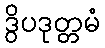
ဒွိပဒုတ္တမံ